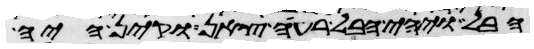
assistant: הבל ויהי הבל רעי צאן וקין היה